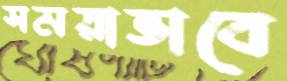
সময়াভাবে